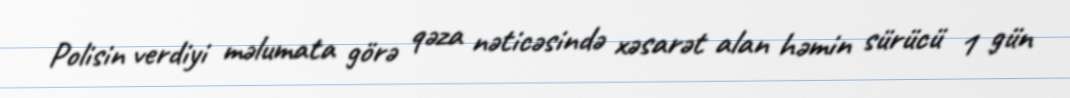
Polisin verdiyi məlumata görə qəza nəticəsində xəsarət alan həmin sürücü 1 gün